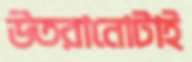
উতরানোটাই